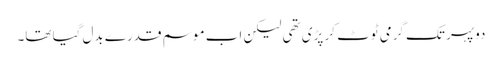
دوپہر تک گرمی ٹوٹ کر پڑی تھی لیکن اب موسم قدرے بدل گیا تھا۔